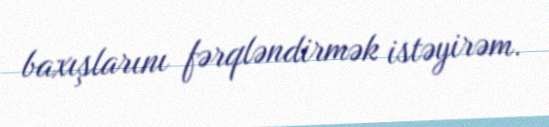
baxışlarını fərqləndirmək istəyirəm.